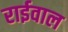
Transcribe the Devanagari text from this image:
राईवाल